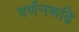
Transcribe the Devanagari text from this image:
वर्णनरूढ़ि